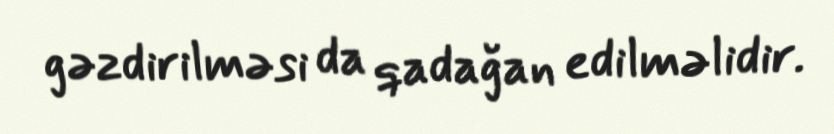
gəzdirilməsi da qadağan edilməlidir.